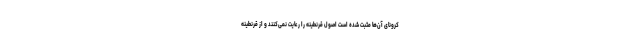
کرونای آن‌ها مثبت شده است اصول قرنطینه را رعایت نمی‌کنند و از قرنطینه